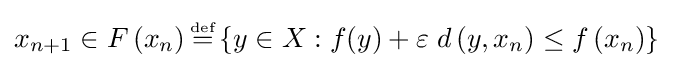
x_{n+1}\in F\left(x_{n}\right){\stackrel {\scriptscriptstyle {\text{def}}}{=}}\left\{y\in X:f(y)+\varepsilon \;d\left(y,x_{n}\right)\leq f\left(x_{n}\right)\right\}